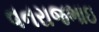
વનરાજભાઇ